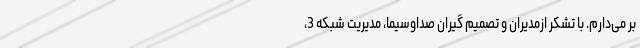
بر می‌دارم. با تشکر ازمدیران و تصمیم گیران صداوسیما، مدیریت شبکه 3،